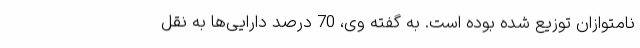
نامتوازان توزیع شده بوده است. به گفته وی، 70 درصد دارایی‌ها به نقل